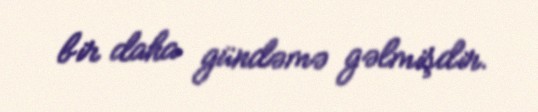
bir daha gündəmə gəlmişdir.